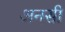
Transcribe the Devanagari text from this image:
अनसी